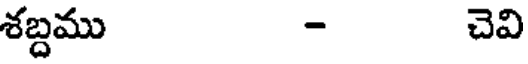
శబ్దము - చెవి